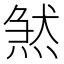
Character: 𤋣